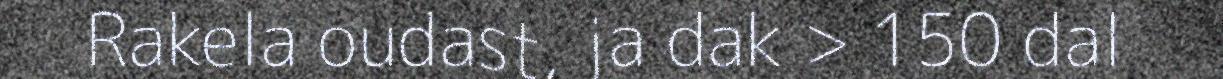
Rakela oudast, ja dak > 150 dal